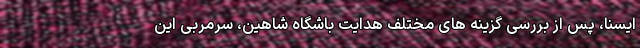
ایسنا، پس از بررسی گزینه های مختلف هدایت باشگاه شاهین، سرمربی این